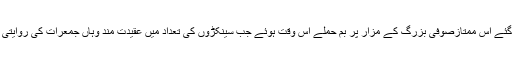
آٹھویں صدی میں تعمیر کئے گئے اس ممتازصوفی بزرگ کے مزار پر بم حملے اس وقت ہوئے جب سینکڑوں کی تعداد میں عقیدت مند وہاں جمعرات کی روایتی اجتماعات کے لئے جمع تھے۔